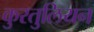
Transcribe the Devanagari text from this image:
कुरतुलियन